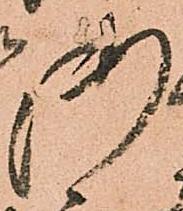
御